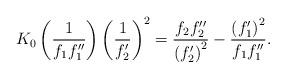
LaTeX: \begin{align*}K_{0}\left( \frac{1}{f_{1}f_{1}^{\prime \prime }}\right) \left( \frac{1}{f_{2}^{\prime }}\right) ^{2}=\frac{f_{2}f_{2}^{\prime \prime }}{\left(f_{2}^{\prime }\right) ^{2}}-\frac{\left( f_{1}^{\prime }\right) ^{2}}{f_{1}f_{1}^{\prime \prime }}. \end{align*}